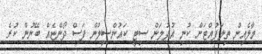
މާލެއިން ތިލަފުއްޓަށް ކުނި އުފުލަން ސިޓީ ކައުންސިލުން ފަސް ދޯންޏެއް ބޭނުން ކުރެ